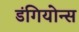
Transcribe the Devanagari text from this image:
डंगियोन्स